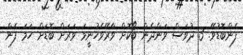
ފެންބޮޑުވޭ. 3 ދުވަސް ވަންދެން ބޯކޮށް ވާރޭވެހުނީމަ ވަރަށް ބޮޑަށް ހަމަ ފެން